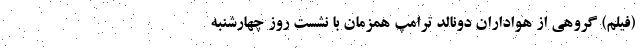
(فیلم) گروهی از هواداران دونالد ترامپ همزمان با نشست روز چهارشنبه